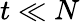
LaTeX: t\ll N